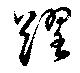
躍